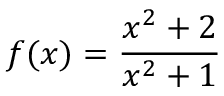
f ( x ) = { \frac { x ^ { 2 } + 2 } { x ^ { 2 } + 1 } }